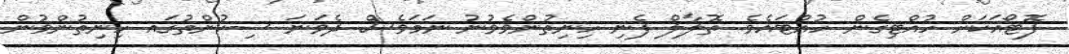
ފޮޓޯއަކަށް ހުއްޓިގެން ހުއްޓައެވެ. ތޮލާލް ފެނި ހިނިތުންވެވުނު ނަމަވެސް ދެވަނަ ސިކުންތުގައ ހިނިތުންވުން